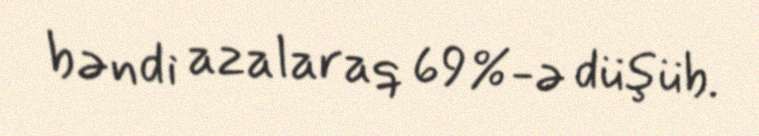
bəndi azalaraq 69%-ə düşüb.